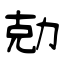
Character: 勀